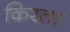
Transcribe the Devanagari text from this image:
किरता